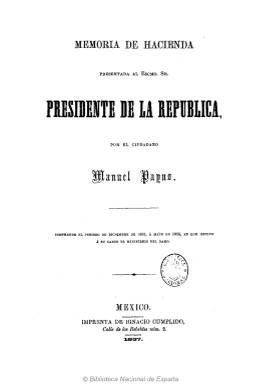
Título: Memoria de Hacienda ...
Otros títulos: Título: Memoria de Hacienda y Credito público, 1877/1878
Colección: Economía || Anuarios e informes
Ámbito geográfico: México
Lugar de publicación: México
Fechas: 01/12/1855-03/01/1857

Presentada por Manuel Payno la correspondiente al periodo: diciembre 1855/mayo 1856, y por Miguel Lerdo de Tejada la correspondiente al periodo: 20 mayo 1856/3 enero 1857.

Falta digitalizar la memoria de 1877/1878.